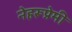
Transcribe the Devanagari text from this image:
नेहरूप्रेमी